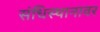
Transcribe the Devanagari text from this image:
संधिस्थानावर